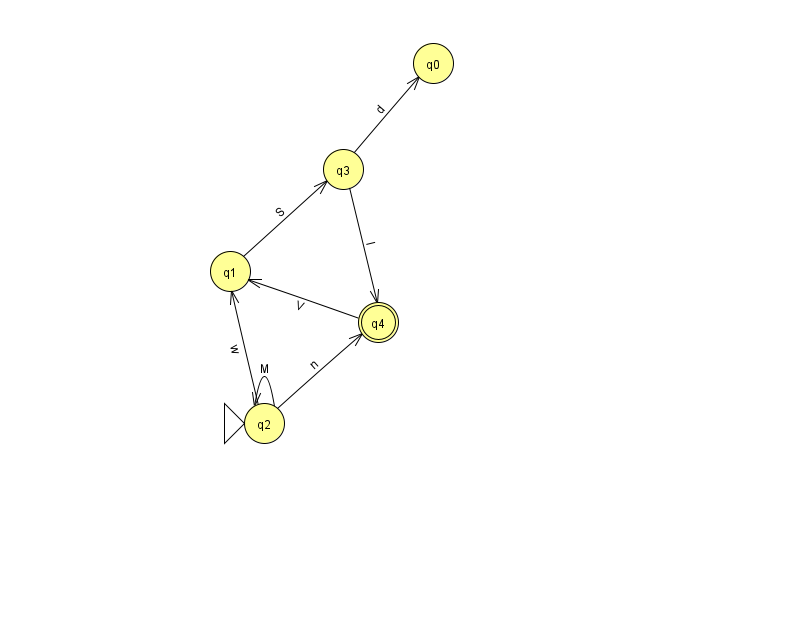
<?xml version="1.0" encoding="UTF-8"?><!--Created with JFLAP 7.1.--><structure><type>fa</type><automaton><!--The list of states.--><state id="0" name="q0"><x>433.0</x><y>50.0</y></state><state id="1" name="q1"><x>230.0</x><y>258.0</y></state><state id="2" name="q2"><x>264.0</x><y>410.0</y><initial/></state><state id="3" name="q3"><x>343.0</x><y>156.0</y></state><state id="4" name="q4"><x>378.0</x><y>309.0</y><final/></state><!--The list of transitions.--><transition><from>2</from><to>1</to><read>w</read></transition><transition><from>4</from><to>1</to><read>V</read></transition><transition><from>3</from><to>0</to><read>d</read></transition><transition><from>1</from><to>3</to><read>S</read></transition><transition><from>3</from><to>4</to><read>I</read></transition><transition><from>2</from><to>4</to><read>n</read></transition><transition><from>2</from><to>2</to><read>M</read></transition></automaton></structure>